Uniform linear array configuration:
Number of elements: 24
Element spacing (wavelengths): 1
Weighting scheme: cosine
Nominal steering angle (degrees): -45
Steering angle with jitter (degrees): -43.81
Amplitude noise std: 0.05
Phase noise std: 0.05

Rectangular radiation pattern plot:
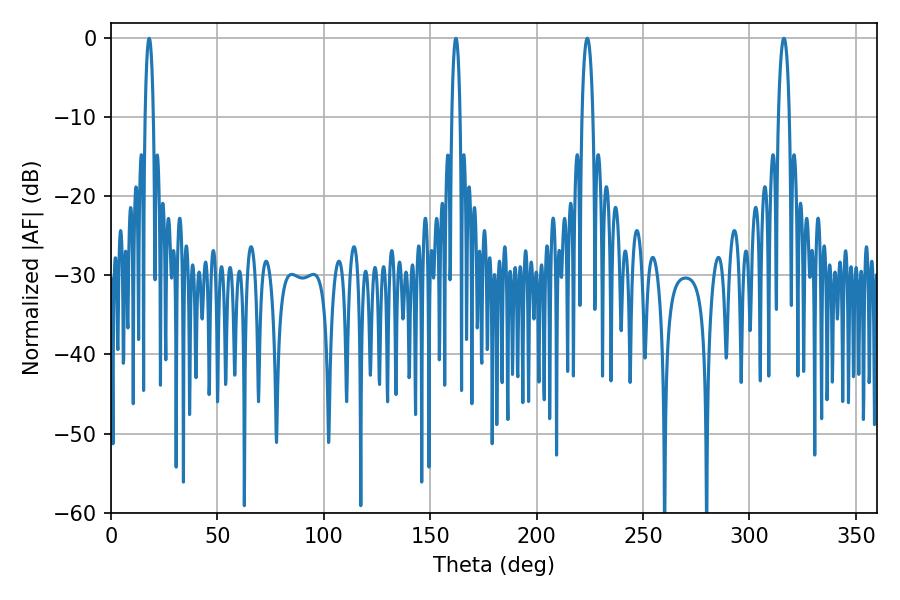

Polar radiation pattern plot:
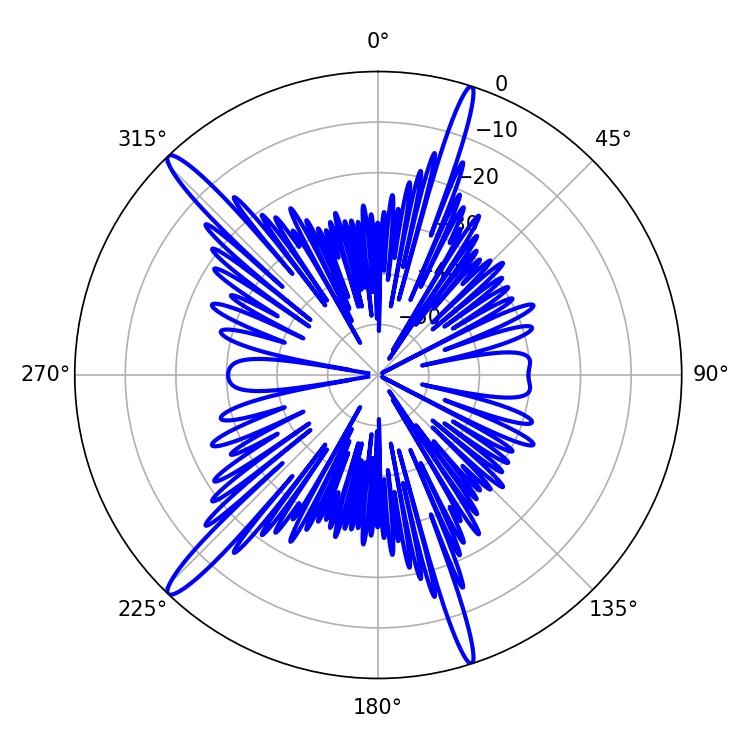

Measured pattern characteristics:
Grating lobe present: TRUE
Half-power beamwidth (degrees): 2.88
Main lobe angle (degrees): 223.74